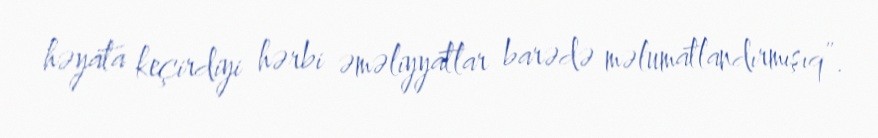
həyata keçirdiyi hərbi əməliyyatlar barədə məlumatlandırmışıq”.